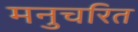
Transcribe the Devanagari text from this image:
मनुचरित